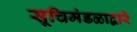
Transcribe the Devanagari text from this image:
सूचिमंडळाद्वारे